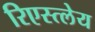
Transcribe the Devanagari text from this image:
रिएस्त्लेय